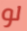
لو